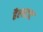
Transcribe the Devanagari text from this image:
हैल्स्टाट